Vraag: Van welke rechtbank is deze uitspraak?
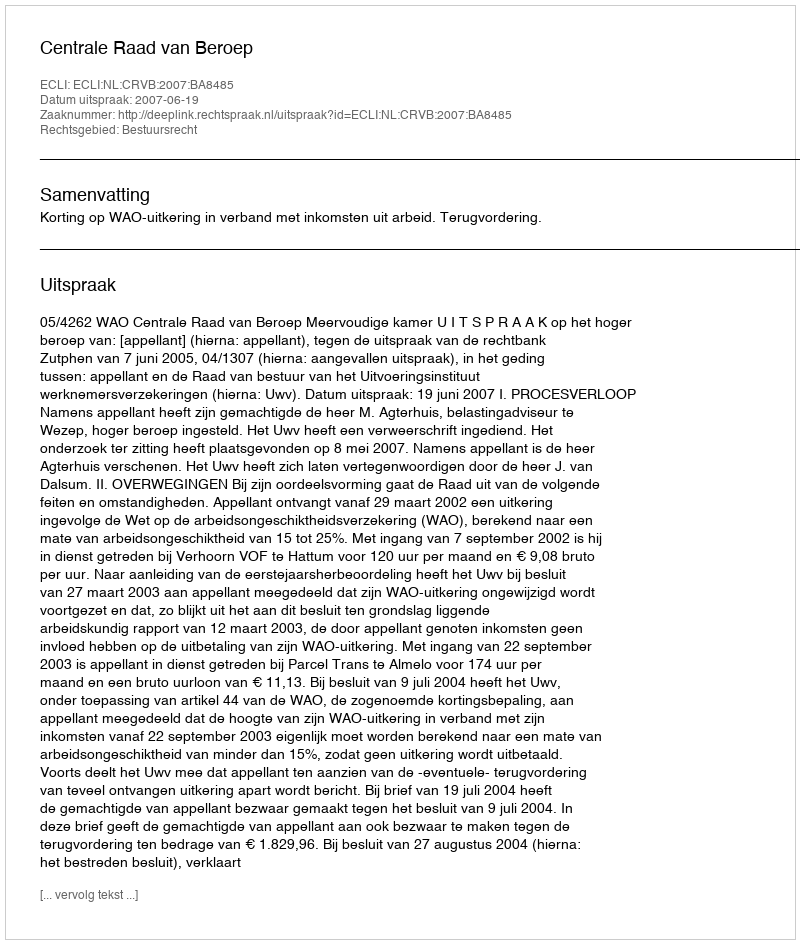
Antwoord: Centrale Raad van Beroep